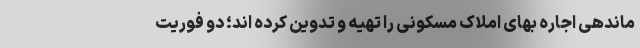
ماندهی اجاره‌ بهای املاک مسکونی را تهیه و تدوین کرده اند؛ دو فوریت